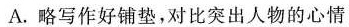
A.略写作好铺垫，对比突出人物的心情